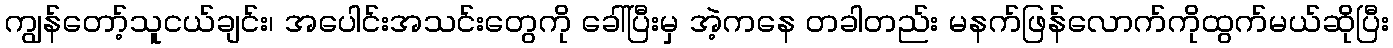
ကျွန်တော့်သူငယ်ချင်း၊ အပေါင်းအသင်းတွေကို ခေါ်ပြီးမှ အဲ့ကနေ တခါတည်း မနက်ဖြန်လောက်ကိုထွက်မယ်ဆိုပြီး